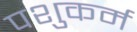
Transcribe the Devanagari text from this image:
पशुकर्म